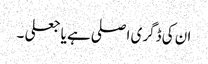
ان کی ڈگری اصلی ہے یا جعلی ۔